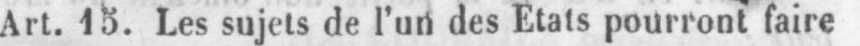
Art. 15. Les sujets de l’un des Etats pourront faire